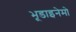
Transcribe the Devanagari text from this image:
भूडाइनेमो